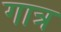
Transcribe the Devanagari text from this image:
गात्र